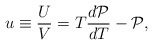
\begin{align*} u \equiv \frac{U}{V} = T \frac{d{\cal P}}{dT} - {\cal P},\end{align*}